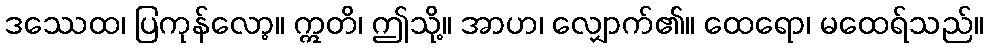
ဒဿေထ၊ ပြကုန်လော့။ ဣတိ၊ ဤသို့။ အာဟ၊ လျှောက်၏။ ထေရော၊ မထေရ်သည်။